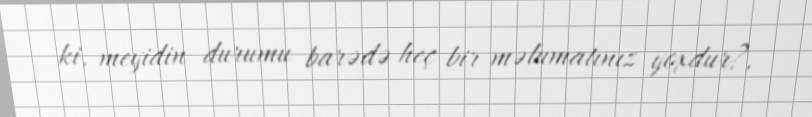
ki, meyidin durumu barədə heç bir məlumatınız yoxdur?.